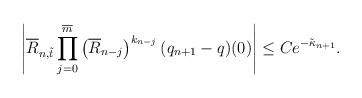
LaTeX: \begin{align*} \left|\overline{R}_{n,\tilde{t}}\prod_{j=0}^{\overline{m}}\left(\overline{R}_{n-j}\right)^{k_{n-j}}(q_{n+1}-q)(0)\right|\leq Ce^{-\tilde{\kappa}_{n+1}}.\end{align*}